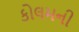
કોલમની